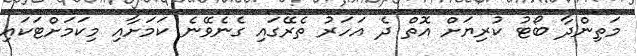
މަތިންދާ ބޯޓު ކުރިޔަށް އޮތް ދެ އަހަރު ތެރޭގައި ގެނެވޭނެ ކަމަށާއި މިކަމަށްޓަކައި